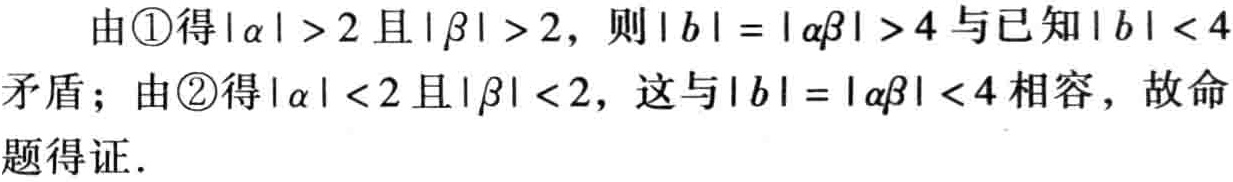
由\textcircled{1}得\(|\alpha| > 2\)且\(|\beta| > 2\)，则\(|b| = |\alpha\beta| > 4\)与已知\(|b| < 4\)矛盾；由\textcircled{2}得\(|\alpha| < 2\)且\(|\beta| < 2\)，这与\(|b| = |\alpha\beta| < 4\)相容，故命题得证．